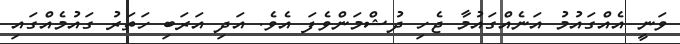
ވަނީ އެއްގައުމު އަނެއްގައުމާ ޖެހި ދުޝްމަންވެފަ އެވެ. އަދި އަރަބި ހަތަރު ގައުމެއްގައި